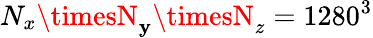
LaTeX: N_{x}\timesN_{\mathbf{y}}\timesN_{z}=1280^{3}